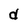
Character: d